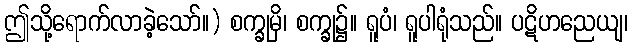
ဤသို့ရောက်လာခဲ့သော်။) စက္ခုမှိ၊ စက္ခု၌။ ရူပံ၊ ရူပါရုံသည်။ ပဋိဟညေယျ၊